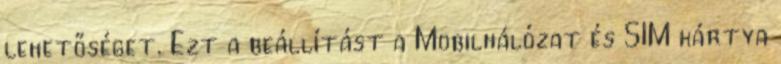
lehetőséget. Ezt a beállítást a Mobilhálózat és SIM kártya